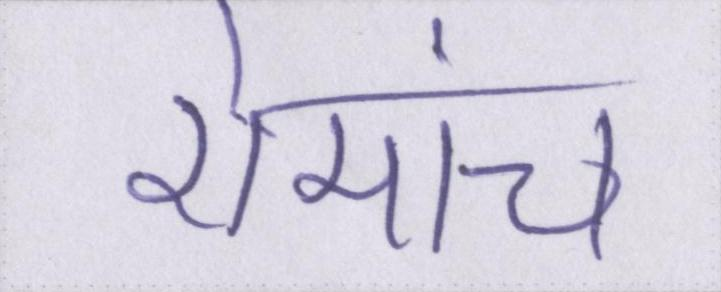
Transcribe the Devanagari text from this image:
रोमांच